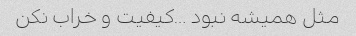
مثل همیشه نبود …کیفیت و خراب نکن